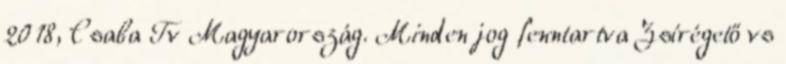
2018, Csaba Tv Magyarország. Minden jog fenntartva Zsírégető vs